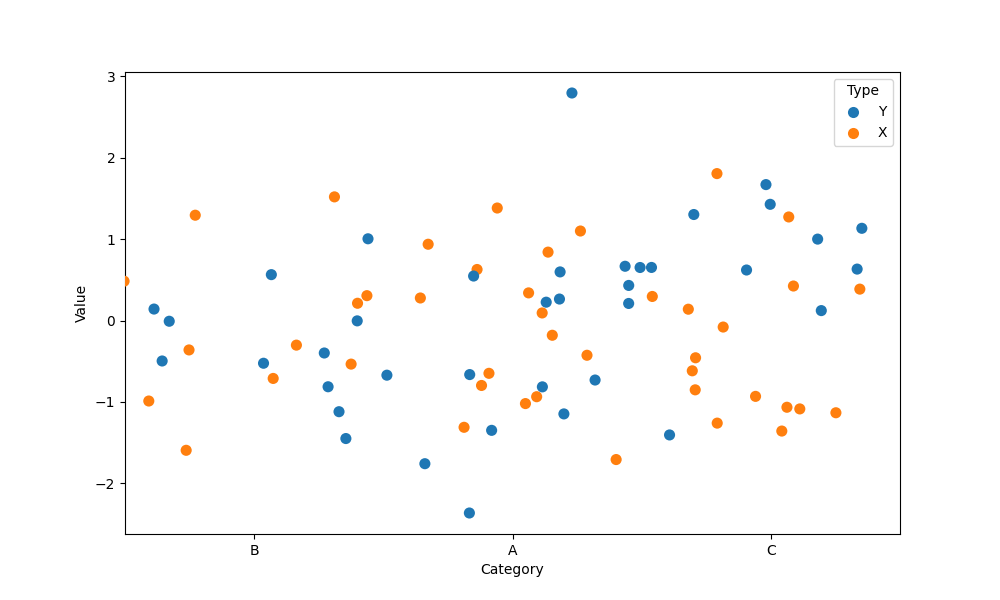
python, seaborn, stripplot, jitter=True, dodge=False, alpha=1.0, size=8